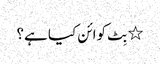
٭ بِٹ کوائن کیا ہے؟